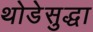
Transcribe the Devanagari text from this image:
थोडेसुद्धा